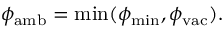
\phi _ { \mathrm { a m b } } = \operatorname* { m i n } ( \phi _ { \mathrm { m i n } } , \phi _ { \mathrm { v a c } } ) .